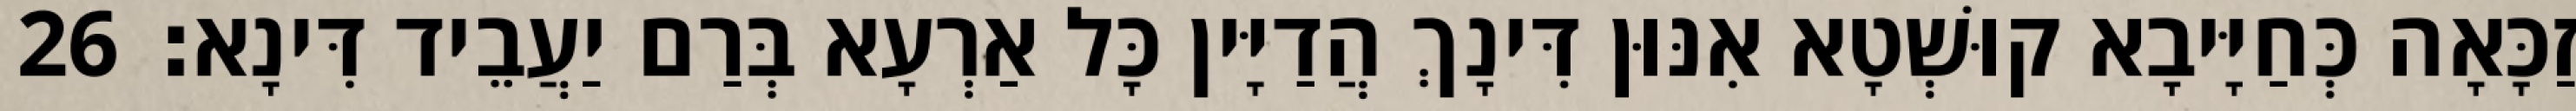
זַכָּאָה כְּחַיָּיבָא קוּשְׁטָא אִנּוּן דִּינָךְ הֲדַיָּין כָּל אַרְעָא בְּרַם יַעֲבֵיד דִּינָא׃ 26